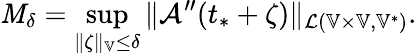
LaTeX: \mathit{M}_{\delta}=\operatorname*{sup}_{\| \zeta\| _{\mathbb{{V}}}\le\delta}\| \mathcal{{A}}^{\prime\prime}(t_{*}+\zeta)\| _{\mathcal{{L}}(\mathbb{{V}}\times\mathbb{{V}},\mathbb{{V}}^{*})}.